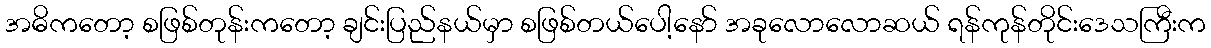
အဓိကတော့ စဖြစ်တုန်းကတော့ ချင်းပြည်နယ်မှာ စဖြစ်တယ်ပေါ့နော် အခုလောလောဆယ် ရန်ကုန်တိုင်းဒေသကြီးက